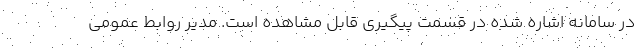
در سامانه اشاره شده در قسمت پیگیری قابل مشاهده است. مدیر روابط عمومی